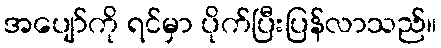
အပျော်ကို ရင်မှာ ပိုက်ပြီးပြန်လာသည်။